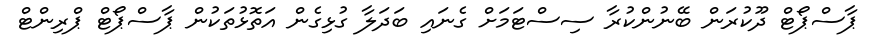
ޕާސްޕޯޓް ދޫކުރަން ބޭނުންކުރާ ސިސްޓަމަށް ގެނައި ބަދަލާ ގުޅިގެން އަތޮޅުތަކުން ޕާސްޕޯޓް ޕްރިންޓް